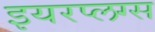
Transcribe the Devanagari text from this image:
इयरप्लग्स